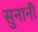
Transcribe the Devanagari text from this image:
सुनानी